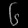
Digit: ၆